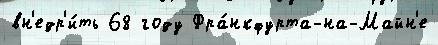
вн'едр'и́ть 68 году Фра́нкфурта-на-Майн'е